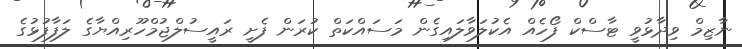
ނާޒިމް ވިދާޅުވީ ޓާސްކް ފޯހެއް އެކުލަވާލައިގެން މަސައްކަތް ކުރަން ފެށީ ރައީސުލްޖުމްހޫރިއްޔާގެ ލަފާފުޅުގެ